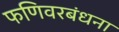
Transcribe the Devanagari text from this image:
फणिवरबंधना